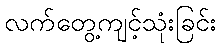
လက်တွေ့ကျင့်သုံးခြင်း